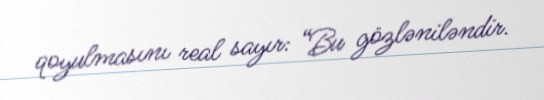
qoyulmasını real sayır: “Bu gözləniləndir.